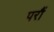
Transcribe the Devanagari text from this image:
परौं